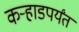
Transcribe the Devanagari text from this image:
कर्‍हाडपर्यंत